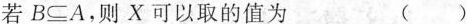
若$$B\subseteq A$$，则X可以取的值为 ( )